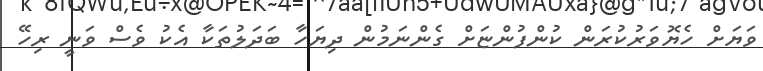
ވަޔަށް ހެޔޮވަރުކުރަން ކުންފުންޏަށް ގެންނަމުން ދިޔަހާ ބަދަލުތަކާ އެކު ވެސް ވަނީ ރިހޭ